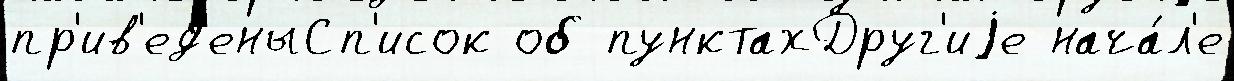
пр'ив'ед'еныСп'исок об пунктахДруг'иjе нача́л'е